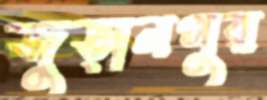
জুড়ানপুর